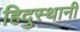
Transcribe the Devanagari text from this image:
हिदुस्थानी